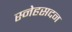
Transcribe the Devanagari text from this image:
स्नेहसदन